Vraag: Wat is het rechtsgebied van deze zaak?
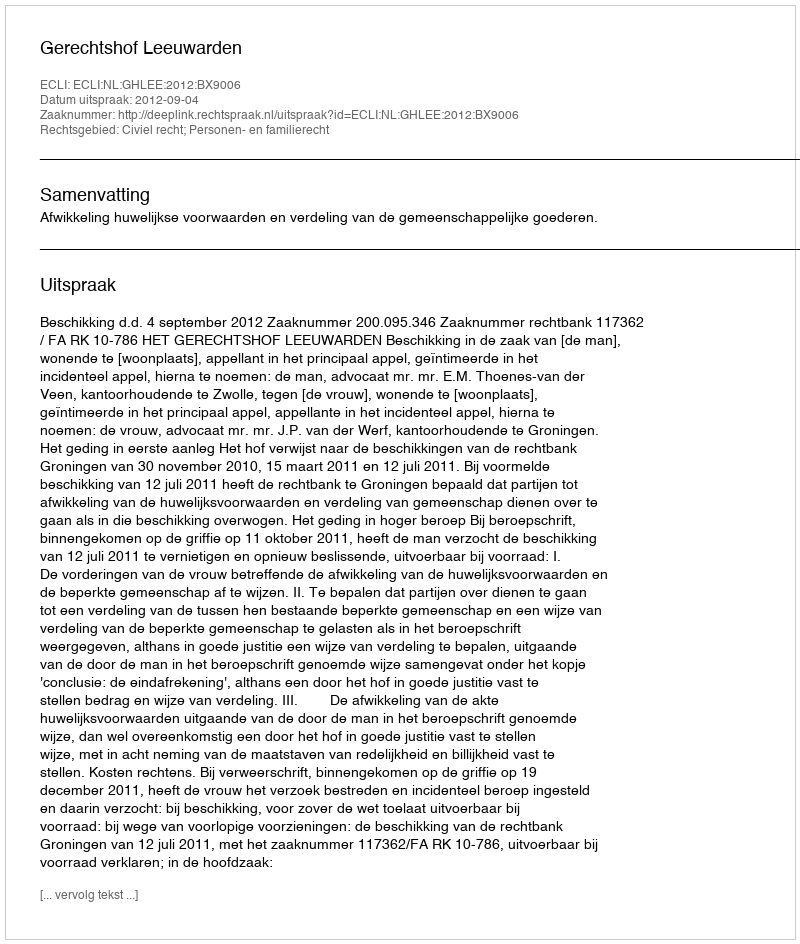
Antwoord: Civiel recht; Personen- en familierecht